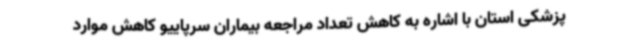
‌پزشکی استان با اشاره به کاهش تعداد مراجعه بیماران سرپاییو کاهش موارد